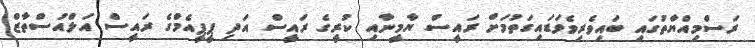
ރަސްމިއްޔާތުގައި ބައިވެރިވެވަޑައިގަތުމަށް ރައީސް ޔާމީނާއި ކުރީގެ ރައީސް އަދި ޕީޕީއެމްގެ ރައީސް އަލްއުސްތާޒް